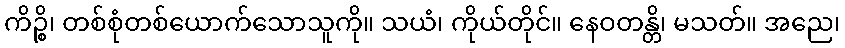
ကိဉ္စိ၊ တစ်စုံတစ်ယောက်သောသူကို။ သယံ၊ ကိုယ်တိုင်။ နေဝတန္တိ၊ မသတ်။ အညေ၊